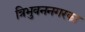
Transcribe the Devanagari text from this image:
त्रिभुवननगरका